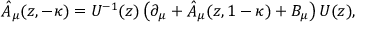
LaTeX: \hat { A } _ { \mu } ( z , - \kappa ) = U ^ { - 1 } ( z ) \left( \partial _ { \mu } + \hat { A } _ { \mu } ( z , 1 - \kappa ) + B _ { \mu } \right) U ( z ) ,